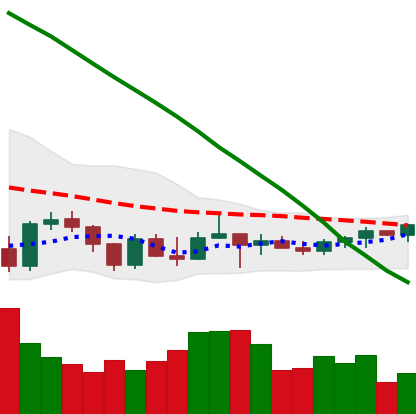
Ticker: TRX-USD
Chart end date: 2022-03-18
Forward return: 4.291%
Label: up_3_5